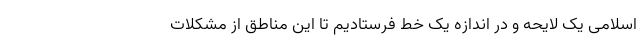
اسلامی یک لایحه و در اندازه یک خط فرستادیم تا این مناطق از مشکلات